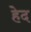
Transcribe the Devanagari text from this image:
हेद